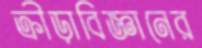
ক্রীড়াবিজ্ঞানের